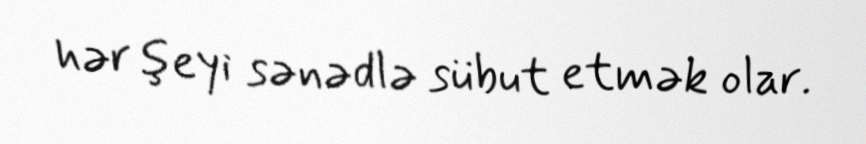
hər şeyi sənədlə sübut etmək olar.